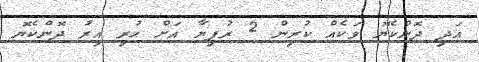
އަދި ދޮންކެޔޮ ވަކެއް ކުރިން 2 ރުފިޔާ އަށް ހުރި އިރު ދޮންކެޔޮ